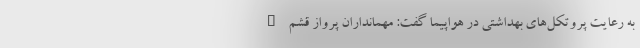
به رعایت پروتکل‌های بهداشتی در هواپیما گفت: مهمانداران پرواز قشم _